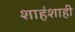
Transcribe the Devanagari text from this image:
शाहंशाही